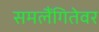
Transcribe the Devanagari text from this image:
समलैंगितेवर